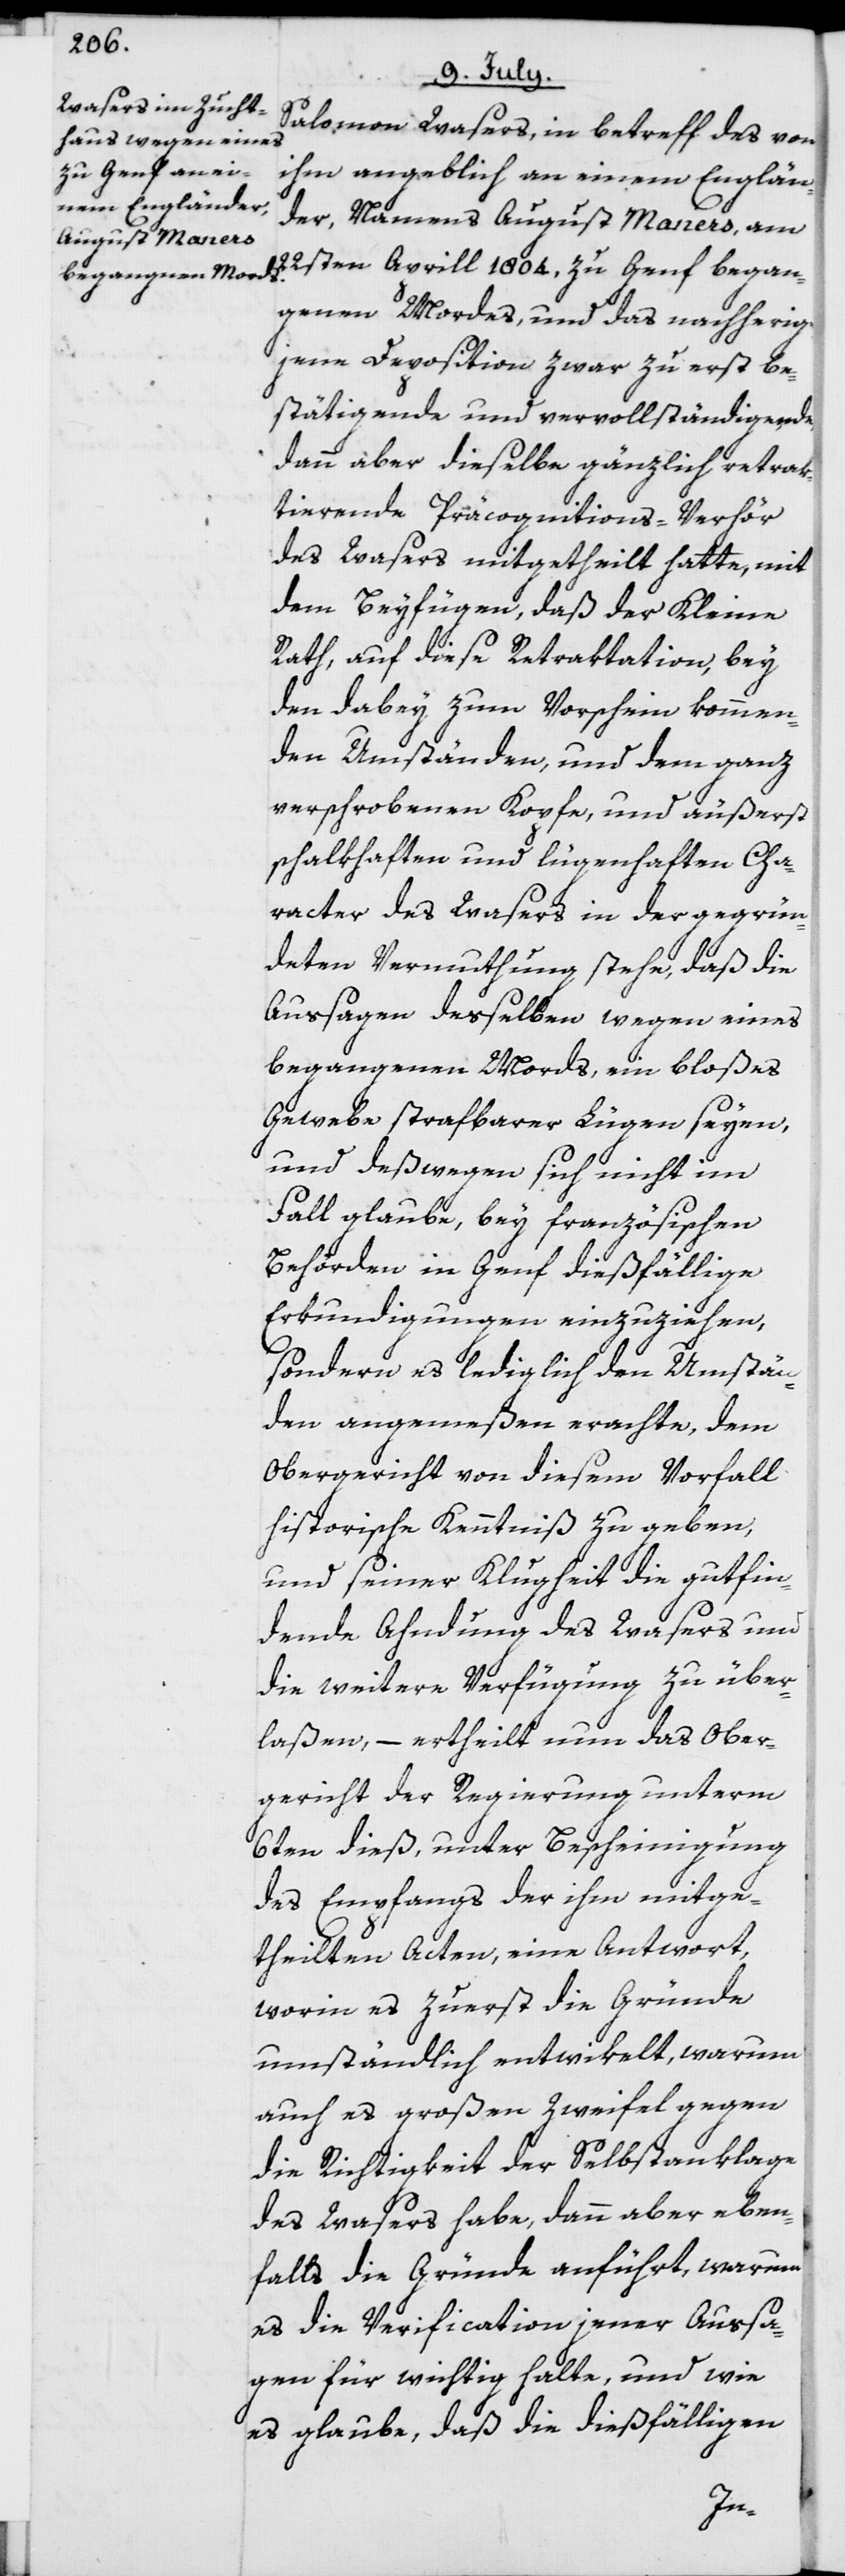
Salomon Wasers, in betreff des von
ihm angeblich an einem Englän¬
der, Namens August Maners, am
22sten Aprill 1804, zu Genf began¬
genen Mordes, und das nachherige
jene Deposition zwar zu erst be¬
stätigende und vervollständigende,
dann aber dieselbe gänzlich retrak¬
tierende Präcognitions-Verhör
des Wasers mitgetheilt hatte, mit
dem Beyfügen, daß der Kleine
Rath, auf diese Retraktation, bey
den dabey zum Vorschein kommen¬
den Umständen, und dem ganz
verschrobenen Kopfe, und äußerst
schalkhaften und lügenhaften Cha¬
racter des Wasers in der gegrün¬
deten Vermuthung stehe, daß die
Aussagen desselben wegen eines
begangenen Mords, eine bloßes
Gewebe strafbarer Lügen seyen,
und deßwegen sich nicht im
Fall glaube, bey französischen
Behörden in Genf dießfällige
Erkundigungen einzuziehen,
sondern es lediglich den Umstän¬
den angemeßen erachte, dem
Obergericht von diesem Vorfall
historische Kenntniß zu geben,
und seiner Klugheit die gutfin¬
dende Ahndung des Wasers und
die weitere Verfügung zu über¬
laßen, – ertheilt nun das Ober¬
gericht der Regierung unterm
6ten dieß, unter Bescheinigung
des Empfangs der ihm mitge¬
theilten Acten, eine Antwort,
worin es zuerst die Gründe
umständlich entwikelt, warum
auch es großen Zweifel gegen
die Richtigkeit der Selbstanklage
des Wasers habe, dann aber eben¬
falls die Gründe anführt, warum
es die Verification jener Aussa¬
gen für wichtig halte, und wie
es glaube, daß die dießfälligen